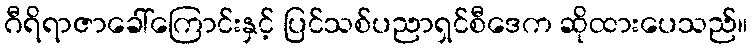
ဂီရိရာဇာခေါ်ကြောင်းနှင့် ပြင်သစ်ပညာရှင်စီဒေက ဆိုထားပေသည်။